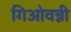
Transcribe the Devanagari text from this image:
गिओवन्नी